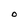
Character: O